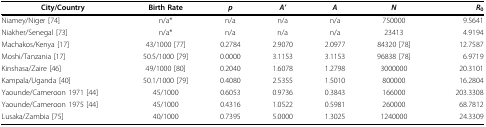
| City/Country | Birth Rate | p | A' | A | N | R0 |
 | --- | --- | --- | --- | --- | --- | --- |
 | Niamey/Niger [74] | n/a* | n/a | n/a | n/a | 750000 | 9.5641 |
 | Niakher/Senegal [73] | n/a* | n/a | n/a | n/a | 23413 | 4.9194 |
 | Machakos/Kenya [17] | 43/1000 [77] | 0.2784 | 2.9070 | 2.0977 | 84320 [78] | 12.7587 |
 | Moshi/Tanzania [17] | 50.5/1000 [79] | 0.0000 | 3.1153 | 3.1153 | 96838 [78] | 6.9719 |
 | Kinshasa/Zaire [46] | 49/1000 [80] | 0.2040 | 1.6078 | 1.2798 | 3000000 | 20.3101 |
 | Kampala/Uganda [40] | 50.1/1000 [79] | 0.4080 | 2.5355 | 1.5010 | 800000 | 16.2804 |
 | Yaounde/Cameroon 1971 [44] | 45/1000 | 0.6053 | 0.9736 | 0.3843 | 166000 | 203.3308 |
 | Yaounde/Cameroon 1975 [44] | 45/1000 | 0.4316 | 1.0522 | 0.5981 | 260000 | 68.7812 |
 | Lusaka/Zambia [75] | 40/1000 | 0.7395 | 5.0000 | 1.3025 | 1240000 | 24.3309 |